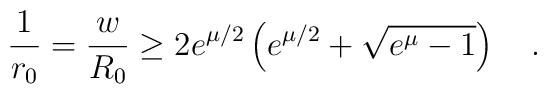
\frac{1}{r_0} = \frac{w}{R_0} \geq 2e^{\mu/2}\left(e^{\mu/2}+\sqrt{e^{\mu}-1}\right)\quad.